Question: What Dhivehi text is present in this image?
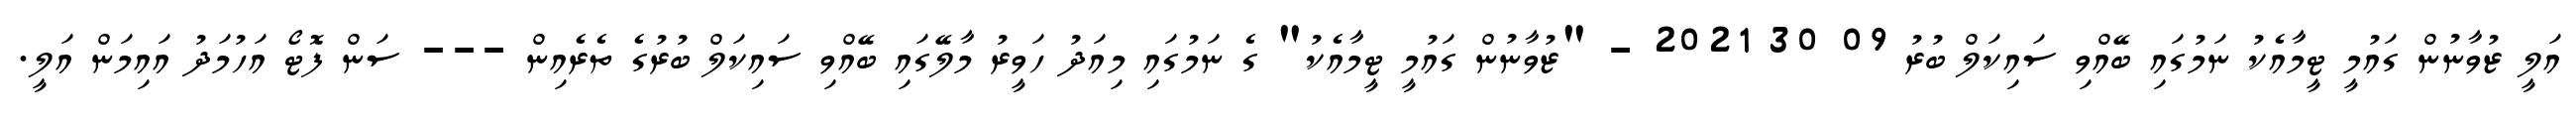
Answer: އަލީ ޒުވާނުން ގައުމީ ޓީމާއެކު ނަމުގައި ބޭއްވި ސައިކަލް ބުރު 09 30 2021 - "ޒުވާނުން ގައުމީ ޓީމާއެކު" ގެ ނަމުގައި މިއަދު ހަވީރު މާލޭގައި ބޭއްވި ސައިކަލް ބުރުގެ ތެރެއިން --- ސަން ފޮޓޯ އަހުމަދު އައިމަން އަލީ.